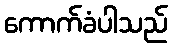
ကောက်ခံပါသည်